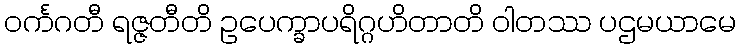
ဝင်္ကဂတီ ရဇ္ဇတီတိ ဥပေက္ခာပရိဂ္ဂဟိတာတိ ဝါတဿ ပဌမယာမေ